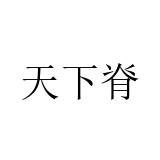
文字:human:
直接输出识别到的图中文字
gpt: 天下脊